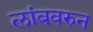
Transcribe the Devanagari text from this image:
लांबवरुन